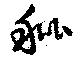
秕